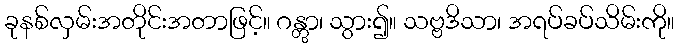
ခုနစ်လှမ်းအတိုင်းအတာဖြင့်။ ဂန္တွာ၊ သွား၍။ သဗ္ဗဒိသာ၊ အရပ်ခပ်သိမ်းကို။